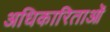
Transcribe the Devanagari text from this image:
अधिकारिताओं